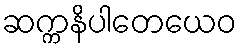
ဆက္ကနိပါတေယေဝ